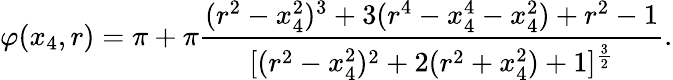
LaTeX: \varphi(x_{4},r)=\pi+\pi{\frac{(r^{2}-x_{4}^{2})^{3}+3(r^{4}-x_{4}^{4}-x_{4}^{2})+r^{2}-1}{[(r^{2}-x_{4}^{2})^{2}+2(r^{2}+x_{4}^{2})+1]^{\frac{3}{2}}}}.